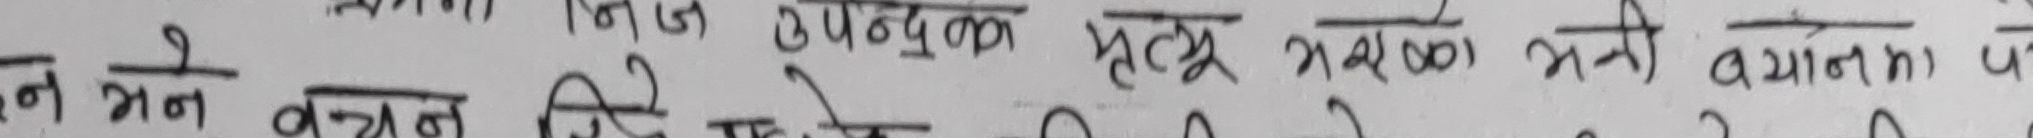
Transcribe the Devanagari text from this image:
निन्ड उपदुक्य हेतु भन्याका भन्ने बयान प
मन भन वचन लिई तेस २ ० २ ० २ ०